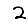
Digit: 2